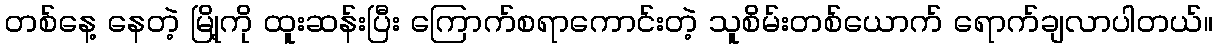
တစ်နေ့ နေတဲ့ မြို့ကို ထူးဆန်းပြီး ကြောက်စရာကောင်းတဲ့ သူစိမ်းတစ်ယောက် ရောက်ချလာပါတယ်။